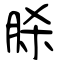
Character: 脎